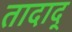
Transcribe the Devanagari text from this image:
तादाद्